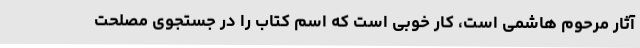
آثار مرحوم هاشمی است، کار خوبی است که اسم کتاب را در جستجوی مصلحت